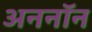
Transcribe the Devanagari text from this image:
अननाॅन